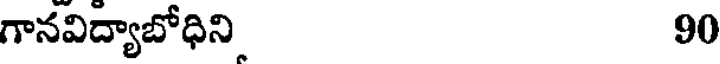
గానవిద్యాబోధిని 90